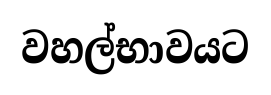
වහල්භාවයට